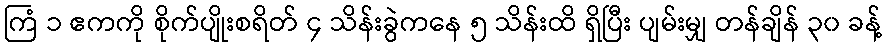
ကြံ ၁ ဧကကို စိုက်ပျိုးစရိတ် ၄ သိန်းခွဲကနေ ၅ သိန်းထိ ရှိပြီး ပျမ်းမျှ တန်ချိန် ၃၀ ခန့်